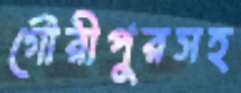
গৌরীপুরসহ